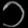
Digit: ၁